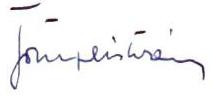
Tömpeistván